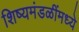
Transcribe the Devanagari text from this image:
शिष्यमंडळींमध्ये